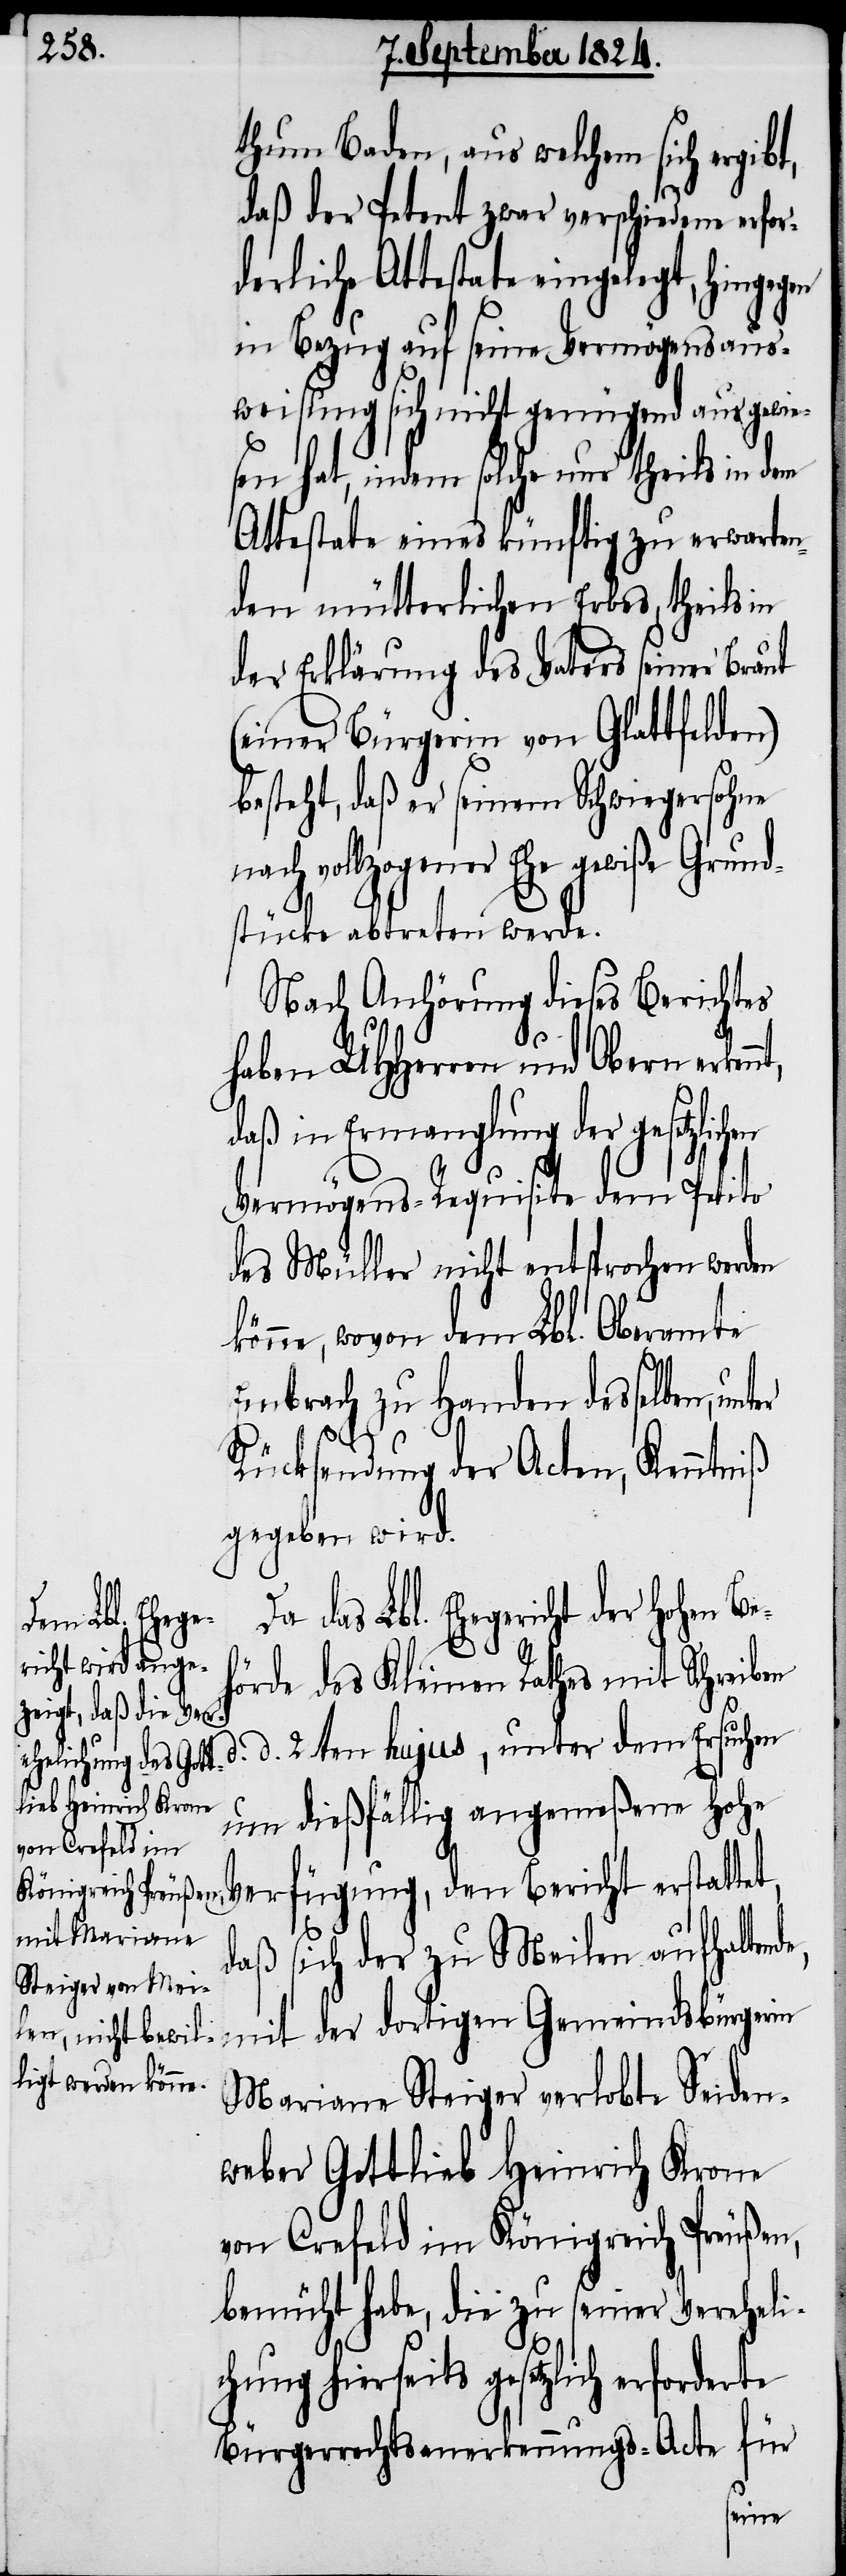
thum Baden, aus welchem sich ergibt,
daß der Petent zwar verschiedene erfor¬
derliche Attestate eingelegt, hingegen
in Bezug auf seine Vermögensaus¬
weisung sich nicht genügend ausgewi¬
esen hat, indem solche nur theils in dem
Attestate eines künftig zu erwarten¬
den mütterlichen Erbes, theils in
der Erklärung des Vaters seiner Braut
(einer Bürgerin von Glattfelden)
beteht, daß er seinem Schwiegersohne
vollzogener Ehe gewiße Grun¬
dstücke abtreten werde.
Nach Anhörung dieses Berichtes
haben UHHerren und Obern
daß in Ermanglung der gesetzli¬
Vermögens-Requisite dem Petito
des Müller nicht entsprochen werden
könne, wovon dem Lbl. Oberamte
Embrach zu Handen desselben,
Rücksendung der Acten, Kenntniß
gegeben wird.
das Lbl. Ehegericht der Hohen Be¬
hörde des Kleinen Rathes mit Schreib¬
en d. d. 2ten hujus, unter dem Ersuchen
um dießfällig angemeßene Hohe
fügung, den Bericht erstatt¬
de,
daß sich der zu Meilen aufhalten¬
mit der dortigen Gemeindsbürgerin
Mariana Steiger verlobte Seiden¬
weber Gottlieb Heinrich Krone
von Crefeld im Königreich Preußen,
bemüht habe, die zu seiner Vereheli¬
chung hierseits gesetzlich erforderte
Bürgerrechtsanerkennungs-Acte für